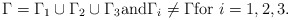
\begin{align*} \Gamma = \Gamma_1 \cup \Gamma_2 \cup \Gamma_3 \mbox{and} \Gamma_i \neq \Gamma \mbox{for } i=1,2,3.\end{align*}